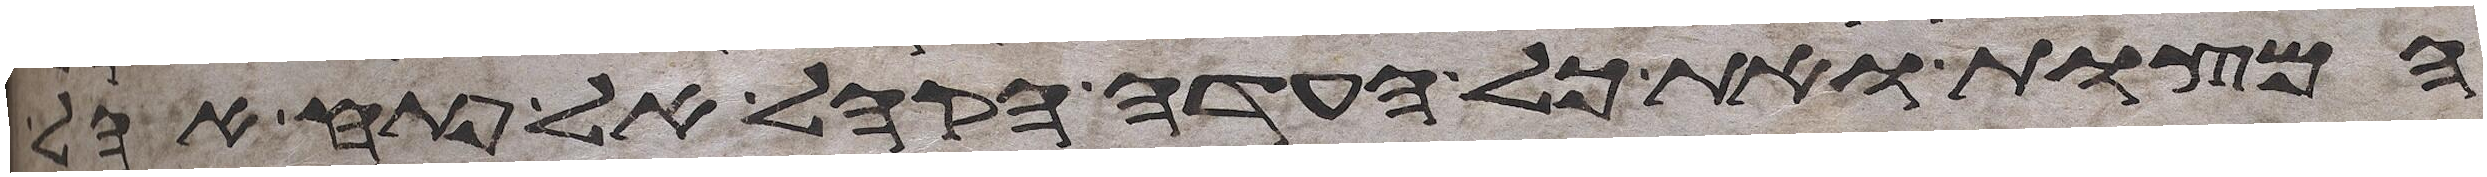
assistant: המצות ואת כל העדה הקהל אל פתח אהל